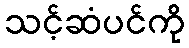
သင့်ဆံပင်ကို